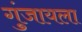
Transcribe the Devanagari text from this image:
गुंजायला